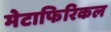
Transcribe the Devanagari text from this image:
मेटाफिरिकल